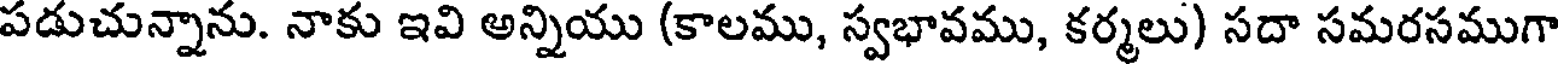
పడుచున్నాను. నాకు ఇవి అన్నియు (కాలము, స్వభావము, కర్మలు) సదా సమరసముగా